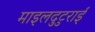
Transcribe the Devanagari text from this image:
माइलदुटुराई